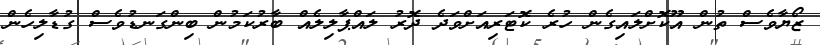
ޒޯޔާވެސް ތުން އޫކޮށްލައިގެން ހުރެ ކޮޓަރިއަށްވަދެ ދޮރު ލައްޕާލިލެއް ބާރުކަމުން ބިންގަނޑުވެސް ގުޑާލިހެން